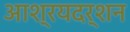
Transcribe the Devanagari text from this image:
आश्रयदर्शन